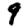
Digit: 9